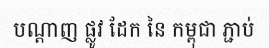
បណ្តាញ ផ្លូវ ដែក នៃ កម្ពុជា ភ្ជាប់